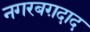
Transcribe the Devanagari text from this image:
नगरबग़दाद